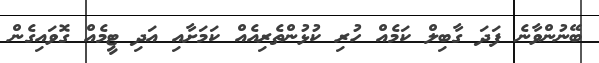
ބޭނުންވާނެ ފަދަ ގާބިލް ކަމެއް ހުރި ކުޅުންތެރިއެއް ކަމަށާއި އަދި ޓީމެއް ގޮވައިގެން